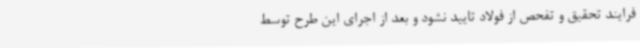
فرایند تحقیق و تفحص از فولاد تایید نشود و بعد از اجرای این طرح توسط